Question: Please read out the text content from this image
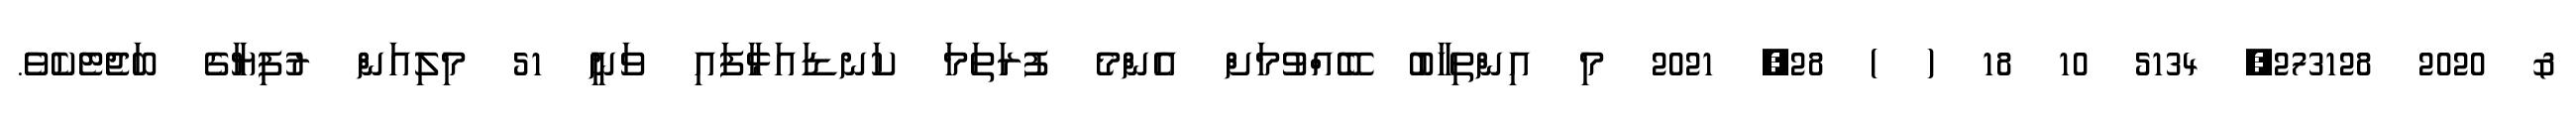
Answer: & 2020 273128, 5134 10 18 ( ) 28, 2021 މި އިންތިހާބު ބޭއްވުމަށް އެންމެ ފުރަތަމަ ކަނޑައަޅާފައި ވަނީ 51 މިލިއަން ރުފިޔާގެ ބަޖެޓެކެވެ.